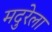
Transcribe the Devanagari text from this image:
मदुरेला